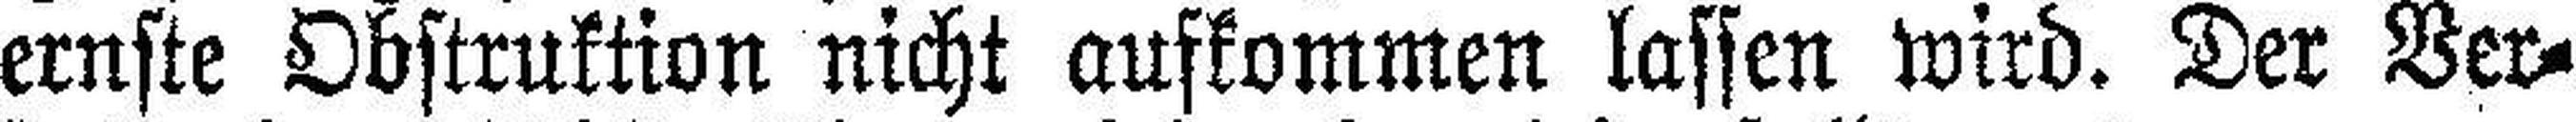
ernste Obstruktion nicht aufkommen lassen wird. Der Ver¬